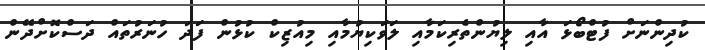
ކުދިންނަށް ފުޓްބޯޅަ އާއި ލިޔުންތެރިކަމާއި ލަވަކިޔުމާއި މިއުޒިކް ކުޅުން ފަދަ ހުނަރުތައް ދަސްކޮށްދޭން